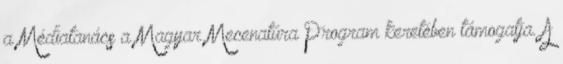
a Médiatanács a Magyar Mecenatúra Program keretében támogatja. A